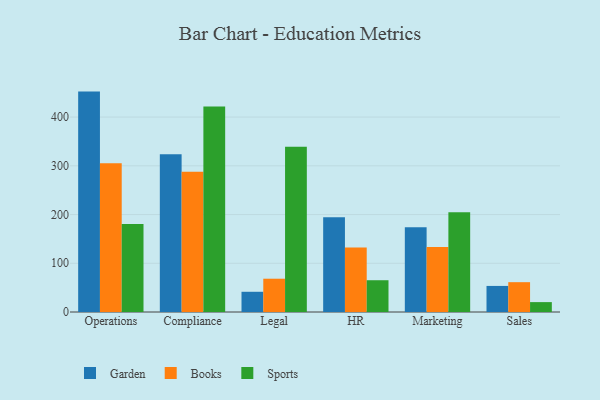
{"axis": {"x": "Department", "y": "Satisfaction Score"}, "legend": ["Books", "Garden", "Sports"], "data": [{"x": "Operations", "y": 452.3, "type": "Garden"}, {"x": "Operations", "y": 305.3, "type": "Books"}, {"x": "Operations", "y": 180.7, "type": "Sports"}, {"x": "Compliance", "y": 323.7, "type": "Garden"}, {"x": "Compliance", "y": 287.9, "type": "Books"}, {"x": "Compliance", "y": 421.5, "type": "Sports"}, {"x": "Legal", "y": 41.5, "type": "Garden"}, {"x": "Legal", "y": 68.3, "type": "Books"}, {"x": "Legal", "y": 339.2, "type": "Sports"}, {"x": "HR", "y": 194.5, "type": "Garden"}, {"x": "HR", "y": 132.5, "type": "Books"}, {"x": "HR", "y": 65.2, "type": "Sports"}, {"x": "Marketing", "y": 174.1, "type": "Garden"}, {"x": "Marketing", "y": 133.3, "type": "Books"}, {"x": "Marketing", "y": 204.9, "type": "Sports"}, {"x": "Sales", "y": 53.5, "type": "Garden"}, {"x": "Sales", "y": 61.2, "type": "Books"}, {"x": "Sales", "y": 20.3, "type": "Sports"}]}